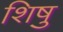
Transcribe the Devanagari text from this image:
शिषु